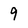
Character: 9